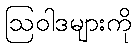
ဩဝါဒများကို